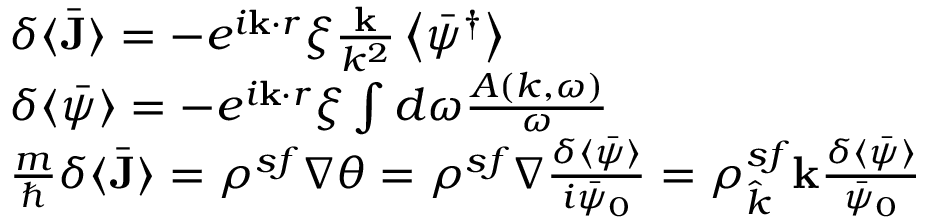
\begin{array} { r l } & { \delta \langle \bar { \mathbf { J } } \rangle = - e ^ { i \mathbf { k } \cdot r } \xi \frac { \mathbf { k } } { k ^ { 2 } } \left\langle \bar { \psi } ^ { \dagger } \right\rangle } \\ & { \delta \langle \bar { \psi } \rangle = - e ^ { i \mathbf { k } \cdot r } \xi \int d \omega \frac { A ( k , \omega ) } { \omega } } \\ & { \frac { m } { \hbar } \delta \langle \bar { \mathbf { J } } \rangle = \rho ^ { s f } \nabla \theta = \rho ^ { s f } \nabla \frac { \delta \langle \bar { \psi } \rangle } { i \bar { \psi } _ { 0 } } = \rho _ { \hat { k } } ^ { s f } \mathbf { k } \frac { \delta \langle \bar { \psi } \rangle } { \bar { \psi } _ { 0 } } } \end{array}